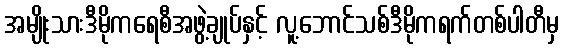
အမျိုးသားဒီမိုကရေစီအဖွဲ့ချုပ်နှင့် လူ့ဘောင်သစ်ဒီမိုကရက်တစ်ပါတီမှ